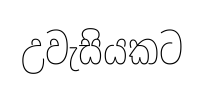
උවැසියකට